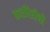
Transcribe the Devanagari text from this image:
कवयित्रीची